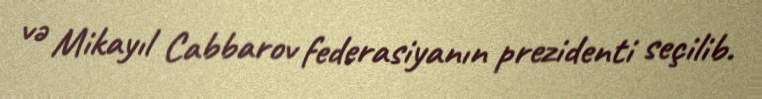
və Mikayıl Cabbarov federasiyanın prezidenti seçilib.